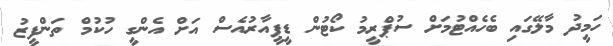
ހަމީދު މާލޭގައި ބެހެއްޓުމަށް ސުޕްރީމު ކޯޓުން ޑީޕީއާރުއެސް އަށް އެންގީ ހުކުމް ތަންފީޒު